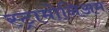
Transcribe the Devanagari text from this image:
स्ट्रामोनिअम